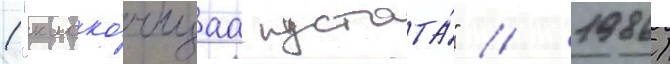
("клоко́чущаа пустота́" / 1986)